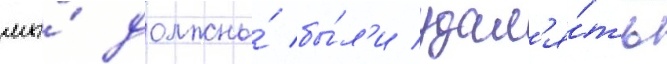
мы́ должны́ бы́л'и удал'я́ть